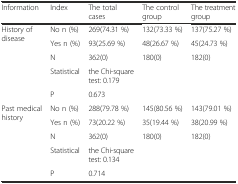
| Information | Index | The total cases | The control group | The treatment group |
 | --- | --- | --- | --- | --- |
 | <ROWSPAN=5> History of disease | No n (%) | 269(74.31 %) | 132(73.33 %) | 137(75.27 %) |
 | Yes n (%) | 93(25.69 %) | 48(26.67 %) | 45(24.73 %) |
 | N | 362(0) | 180(0) | 182(0) |
 | Statistical | the Chi-square test: 0.179 |  |  |
 | P | 0.673 |  |  |
 | <ROWSPAN=5> Past medical history | No n (%) | 288(79.78 %) | 145(80.56 %) | 143(79.01 %) |
 | Yes n (%) | 73(20.22 %) | 35(19.44 %) | 38(20.99 %) |
 | N | 362(0) | 180(0) | 182(0) |
 | Statistical | the Chi-square test: 0.134 |  |  |
 | P | 0.714 |  |  |